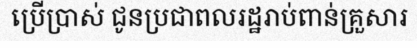
ប្រើប្រាស់ ជូនប្រជាពលរដ្ឋរាប់ពាន់គ្រួសារ